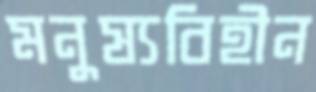
মনুষ্যবিহীন